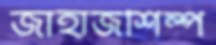
জাহাজশিল্প